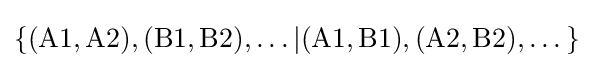
\{(\mathrm {A} 1,\mathrm {A} 2),(\mathrm {B} 1,\mathrm {B} 2),\dots |(\mathrm {A} 1,\mathrm {B} 1),(\mathrm {A} 2,\mathrm {B} 2),\dots \}